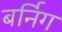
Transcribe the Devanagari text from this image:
बर्निग